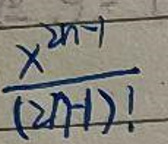
$\frac {x^{2n-1}}{(2n-1)!}$